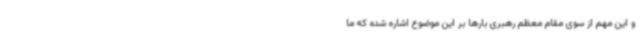
و این مهم از سوی مقام معظم رهبری بارها بر این موضوع اشاره شده که ما